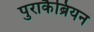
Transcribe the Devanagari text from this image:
पुराकैब्रियन